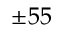
\pm 5 5